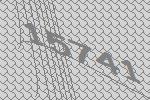
15741